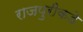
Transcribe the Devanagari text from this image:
राजपुरीकडे